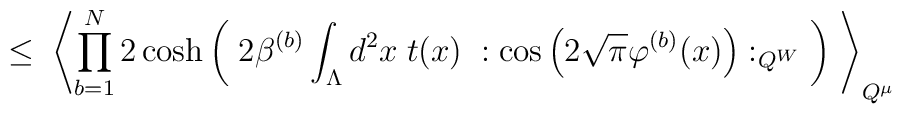
\leq \;\left\langle \prod_{b=1}^N2 \cosh\left( \; 2 \beta^{(b)} \int_{\Lambda} d^2x \;t(x)\; : \cos \left( 2 \sqrt{\pi} \varphi^{(b)}(x)\right) :_{Q^W} \; \right) \;\right\rangle_{Q^\mu}